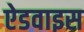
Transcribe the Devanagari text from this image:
ऐडवाइस